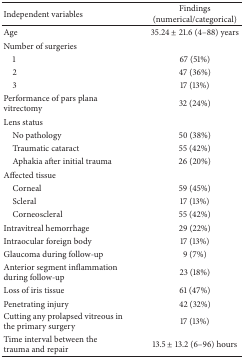
<table><thead><tr><td><b>Independent variables</b></td><td><b>Findings (numerical/categorical)</b></td></tr></thead><tbody><tr><td>Age</td><td>35.24 ± 21.6 (4–88) years</td></tr><tr><td>Number of surgeries</td><td> </td></tr><tr><td> 1</td><td>67 (51%)</td></tr><tr><td> 2</td><td>47 (36%)</td></tr><tr><td> 3</td><td>17 (13%)</td></tr><tr><td>Performance of pars plana vitrectomy</td><td>32 (24%)</td></tr><tr><td>Lens status</td><td> </td></tr><tr><td> No pathology</td><td>50 (38%)</td></tr><tr><td> Traumatic cataract</td><td>55 (42%)</td></tr><tr><td> Aphakia after initial trauma</td><td>26 (20%)</td></tr><tr><td>Affected tissue</td><td> </td></tr><tr><td> Corneal</td><td>59 (45%)</td></tr><tr><td> Scleral</td><td>17 (13%)</td></tr><tr><td> Corneoscleral</td><td>55 (42%)</td></tr><tr><td>Intravitreal hemorrhage</td><td>29 (22%)</td></tr><tr><td>Intraocular foreign body</td><td>17 (13%)</td></tr><tr><td>Glaucoma during follow-up</td><td>9 (7%)</td></tr><tr><td>Anterior segment inflammation during follow-up</td><td>23 (18%)</td></tr><tr><td>Loss of iris tissue</td><td>61 (47%)</td></tr><tr><td>Penetrating injury</td><td>42 (32%)</td></tr><tr><td>Cutting any prolapsed vitreous in the primary surgery</td><td>17 (13%)</td></tr><tr><td>Time interval between the trauma and repair</td><td>13.5 ± 13.2 (6–96) hours</td></tr></tbody></table>